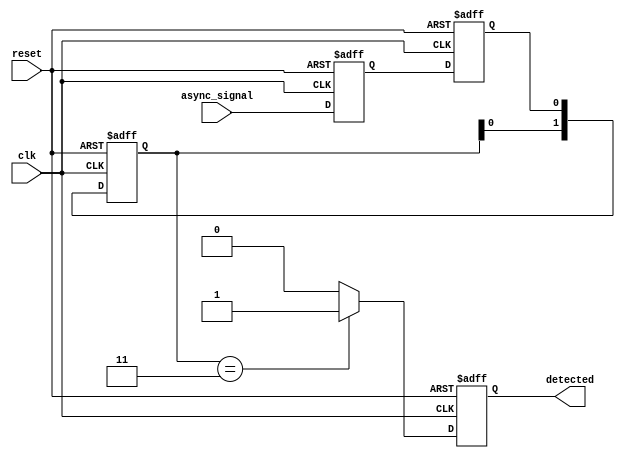
module dual_ff_detector (
    input wire clk,               // Clock input
    input wire reset,             // Asynchronous reset
    input wire async_signal,      // Asynchronous input signal
    output reg detected           // Output signal indicating pattern detection
);

// Parameters for pattern detection
parameter PATTERN = 2'b11;      // Example pattern to detect (can be modified)
reg [1:0] state;                 // State register for pattern detection

// Dual flip-flops for synchronization
reg ff1, ff2;

// Flip-flop synchronization
always @(posedge clk or posedge reset) begin
    if (reset) begin
        ff1 <= 1'b0;
        ff2 <= 1'b0;
    end else begin
        ff1 <= async_signal;      // Sample async_signal on rising edge of clk
        ff2 <= ff1;               // Sample ff1 on the next rising edge
    end
end

// Pattern detection logic
always @(posedge clk or posedge reset) begin
    if (reset) begin
        detected <= 1'b0;         // Clear detected signal on reset
        state <= 2'b00;           // Initialize state
    end else begin
        // Shift state based on ff2
        state <= {state[0], ff2};

        // Check for pattern match
        if (state == PATTERN) begin
            detected <= 1'b1;      // Assert detected signal
        end else begin
            detected <= 1'b0;      // Deassert detected signal
        end
    end
end

endmodule